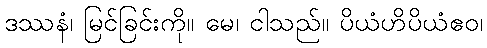
ဒဿနံ၊ မြင်ခြင်းကို။ မေ၊ ငါသည်။ ပိယံဟိပိယံဧဝ၊